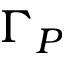
\Gamma _ { P }